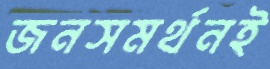
জনসমর্থনই